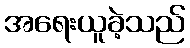
အရေးယူခဲ့သည်